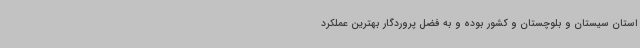
استان سیستان و بلوچستان و کشور بوده و به فضل پروردگار بهترین عملکرد